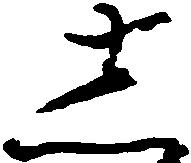
し